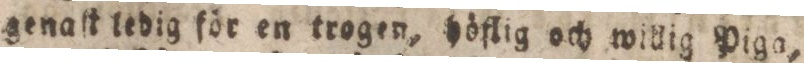
genaſt ledig för en trogen, höflig och willig Piga,